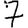
Digit: 7